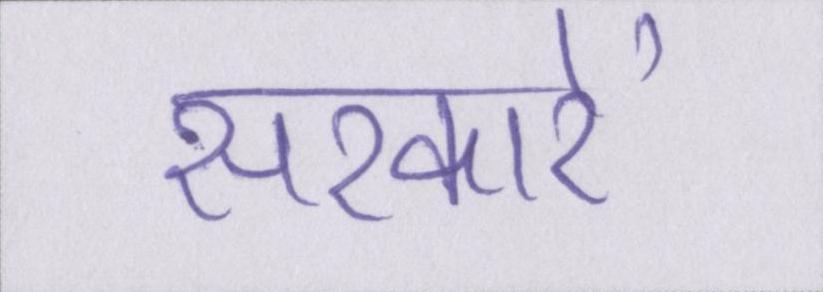
सरकारें